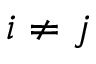
i \ne j